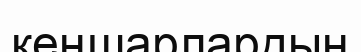
кеңшарлардың